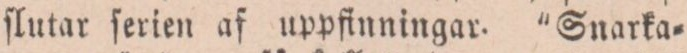
ſlutar ſerien af uppfinningar. ”Snarka=